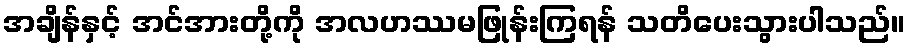
အချိန်နှင့် အင်အားတို့ကို အလဟဿမဖြုန်းကြရန် သတိပေးသွားပါသည်။